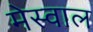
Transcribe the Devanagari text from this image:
मेस्वाल